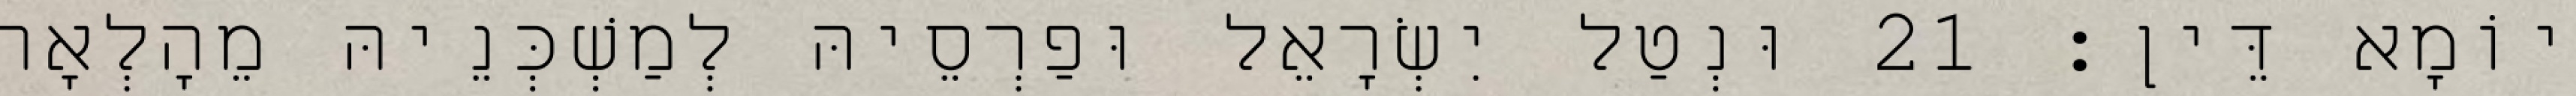
יוֹמָא דֵּין׃ 21 וּנְטַל יִשְׂרָאֵל וּפַרְסֵיהּ לְמַשְׁכְּנֵיהּ מֵהָלְאָה